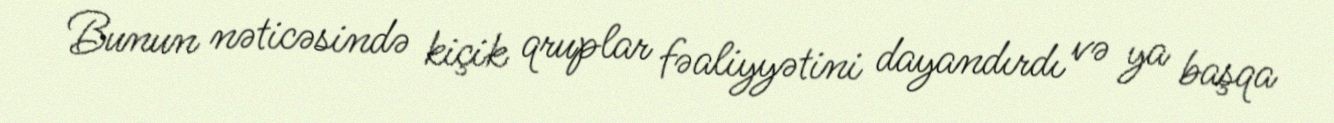
Bunun nəticəsində kiçik qruplar fəaliyyətini dayandırdı və ya başqa